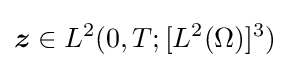
{\boldsymbol {z}}\in L^{2}(0,T;[L^{2}(\Omega )]^{3})